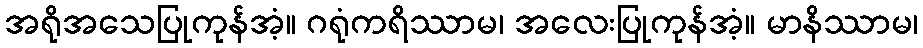
အရိုအသေပြုကုန်အံ့။ ဂရုံကရိဿာမ၊ အလေးပြုကုန်အံ့။ မာနိဿာမ၊